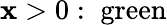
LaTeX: \mathbf{x}>0:\; {\mathrm{{green}}}